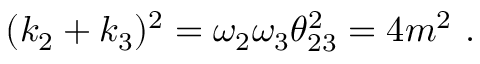
( k _ { 2 } + k _ { 3 } ) ^ { 2 } = \omega _ { 2 } \omega _ { 3 } \theta _ { 2 3 } ^ { 2 } = 4 m ^ { 2 } \ .